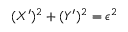
( X ^ { \prime } ) ^ { 2 } + ( Y ^ { \prime } ) ^ { 2 } = \epsilon ^ { 2 }